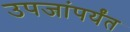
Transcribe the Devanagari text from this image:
उपजांपर्यंत